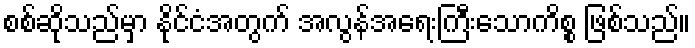
စစ်ဆိုသည်မှာ နိုင်ငံအတွက် အလွန်အရေးကြီးသောကိစ္စ ဖြစ်သည်။